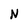
Character: N